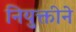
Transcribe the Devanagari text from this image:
नियुक्तीने